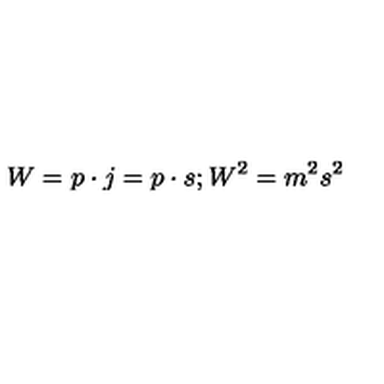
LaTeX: W = p \cdot j = p \cdot s ; W ^ { 2 } = m ^ { 2 } s ^ { 2 }